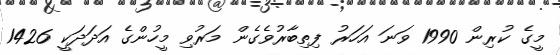
މީގެ ކުރިން 1990 ވަނަ އަހަރު ފިތިބާރުވެގެން މަރުވި މީހުންގެ އަދަދަކީ 1426